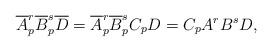
LaTeX: \begin{align*}\overline A_p^r\overline B_p^s\overline D=\overline A_p^r\overline B_p^sC_pD = C_pA^rB^sD,\end{align*}